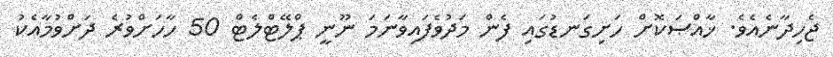
ޖެހިދާނެއެވެ. ޚާއްޞަކޮށް ހަށިގަނޑުގައި ފެން މަދުވެފައިވާނަމަ ނޫނީ ޕްލޭޓްލެޓް 50 ހާހަށްވުރެ ދަށްވުމާއެކު